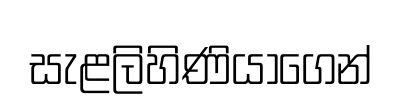
සැළලිහිණියාගෙන්